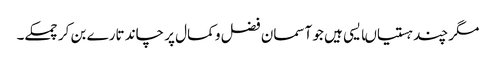
مگر چند ہستیاںایسی ہیں جو آسمان فضل و کمال پر چاند تارے بن کر چمکے۔